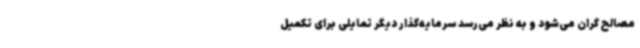
مصالح گران می‌شود و به نظر می‌رسد سرمایه‌گذار دیگر تمایلی برای تکمیل